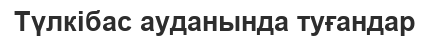
Түлкібас ауданында туғандар